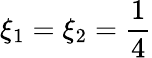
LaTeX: \xi_{1}=\xi_{2}=\frac{1}{4}